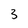
Character: 3